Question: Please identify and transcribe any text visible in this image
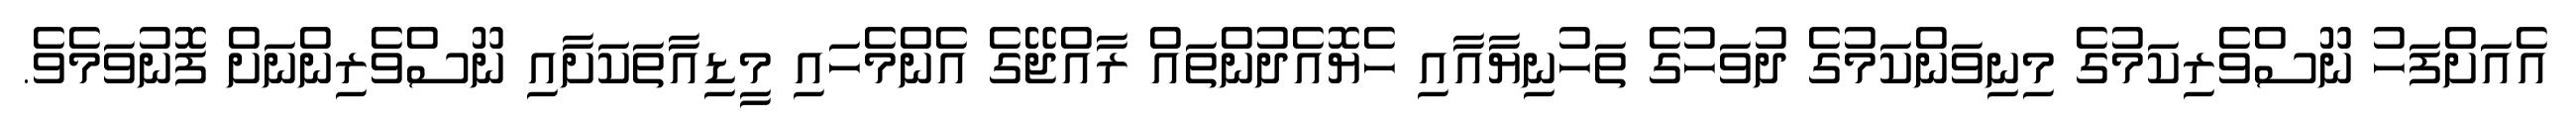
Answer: އެއަށްފަހު ނޫސްވެރިކަމުގެ މިނިވަންކަމުގެ ދުވަހުގެ ތަހުނިޔާއާއި ހެޔޮއެދުންތައް ރާއްޖޭގެ އެންމެހައި މީޑިއާތަކަށާއި ނޫސްވެރިންނަށް ފޮނުވަމެވެ.